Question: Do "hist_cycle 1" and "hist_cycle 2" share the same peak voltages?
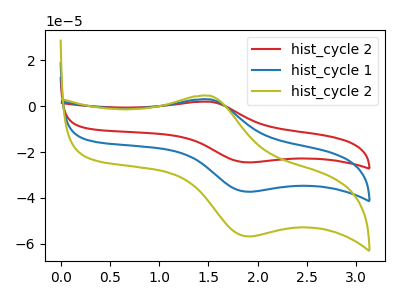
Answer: <think>The red curve "hist_cycle 2" has an anodic peak at (1.50V, 6.00uA) and a cathodic peak at (1.90V, -74.60uA). The blue curve "hist_cycle 1" has an anodic peak at (1.50V, 3.00uA) and a cathodic peak at (1.90V, -37.30uA). The olive curve "hist_cycle 2" has an anodic peak at (1.50V, 4.60uA) and a cathodic peak at (1.90V, -56.80uA).</think>
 <answer>Yes, "hist_cycle 1" have a peak in "hist_cycle 2" at the same potential.</answer>
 <eval>match</eval>